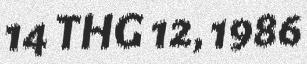
14 THG 12, 1986